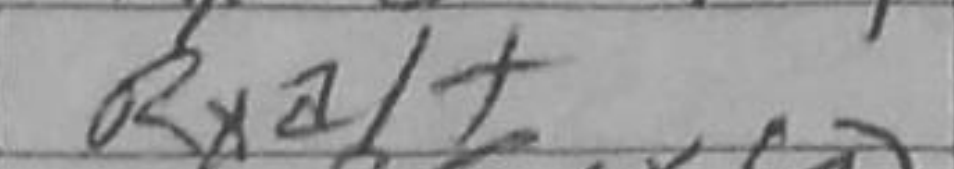
Transcription: Rxa1+